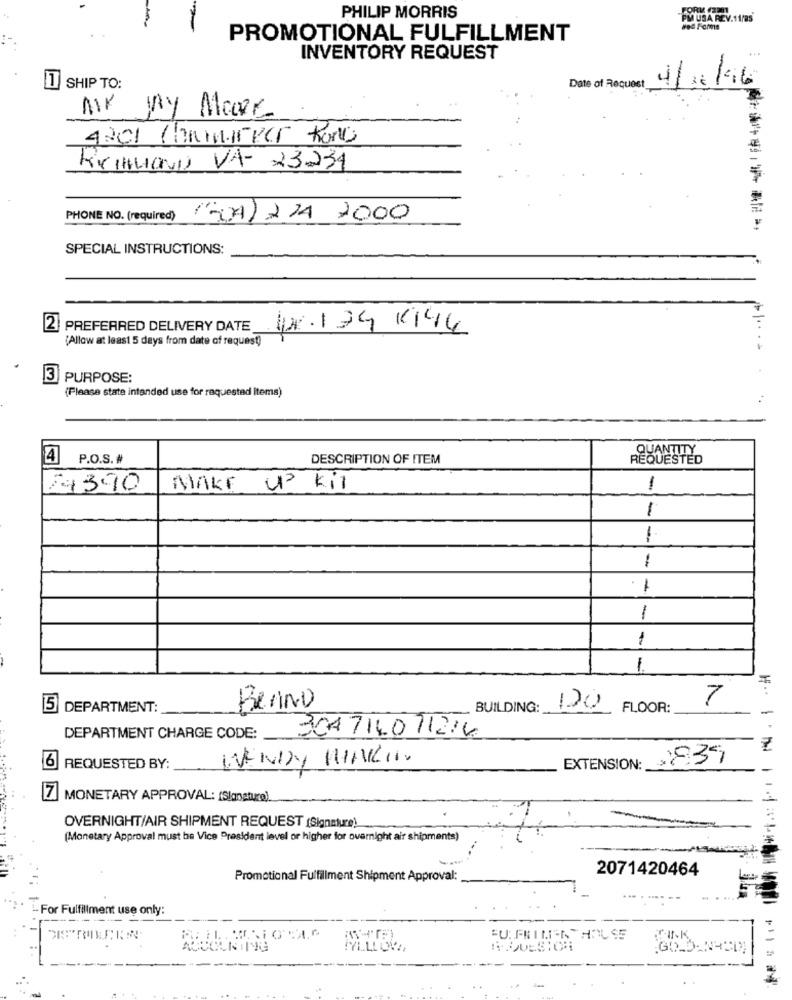
FORK (JENT
PHILIP MORRIS
PM USA REV.11/85
PROMOTIONAL FULFILLMENT
INVENTORY REQUEST
4/16 16
1 SHIP TO:
Date of Request
4201 Chammirver tono
RUIHLIAND VA- 23234
PHONE NO. (required)
(-04) 22 2000
SPECIAL INSTRUCTIONS:
2 PREFERRED DELIVERY DATE 12.174K144
(Allow at least 5 days from date of request)
3 PURPOSE:
(Please state intended use for requested items)
..
QUANTITY
4
P.O.S. #
DESCRIPTION OF ITEM
REQUESTED
24390
MAKE UP Kit
1
1
1
-
1
1
7
5 DEPARTMENT:
BeriNo
BUILDING:
120
FLOOR:
-
304714011214
DEPARTMENT CHARGE CODE:
6
WENDY WINKI.
28.35
REQUESTED BY:
EXTENSION:
[7] MONETARY APPROVAL: (Slanature).
OVERNIGHT/AIR SHIPMENT REQUEST (Signature)
(Monetary Approval must be Vice President level or higher for overnight air shipments)
2071420464
Promotional Fulfillment Shipment Approval:
- For Fulfillment use only:
FYLLLOVE